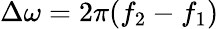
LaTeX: \Delta\omega=2\pi(f_{2}-f_{1})